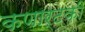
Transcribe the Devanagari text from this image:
कणार्टकी